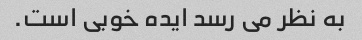
به نظر می رسد ایده خوبی است.